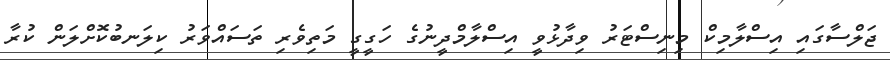
ޖަލްސާގައި އިސްލާމިކް މިނިސްޓަރު ވިދާޅުވީ އިސްލާމްދީނުގެ ހަގީގީ މަތިވެރި ތަސައްވަރު ކިލަނބުކޮށްލަން ކުރާ